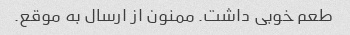
طعم خوبی داشت. ممنون از ارسال به موقع.